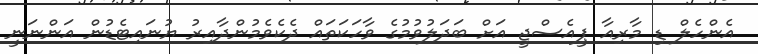
އެންހެލް ޑި މާރިއާ ޕީއެސްޖީ އަށް ބަދަލުވުމުގެ ވާހަކަތައް ދެކެވެމުންދާއިރު ޔުނައިޓެޑުން އަންނަނީ